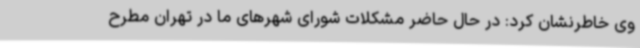
وی خاطرنشان کرد: در حال حاضر مشکلات شورای شهرهای ما در تهران مطرح